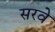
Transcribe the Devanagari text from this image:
सरवे